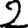
Digit: 2